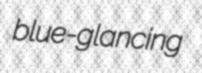
blue-glancing